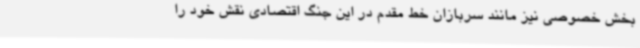
بخش خصوصی نیز مانند سربازان خط مقدم در این جنگ اقتصادی نقش خود را